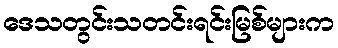
ဒေသတွင်းသတင်းရင်းမြစ်များက